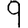
Digit: 9